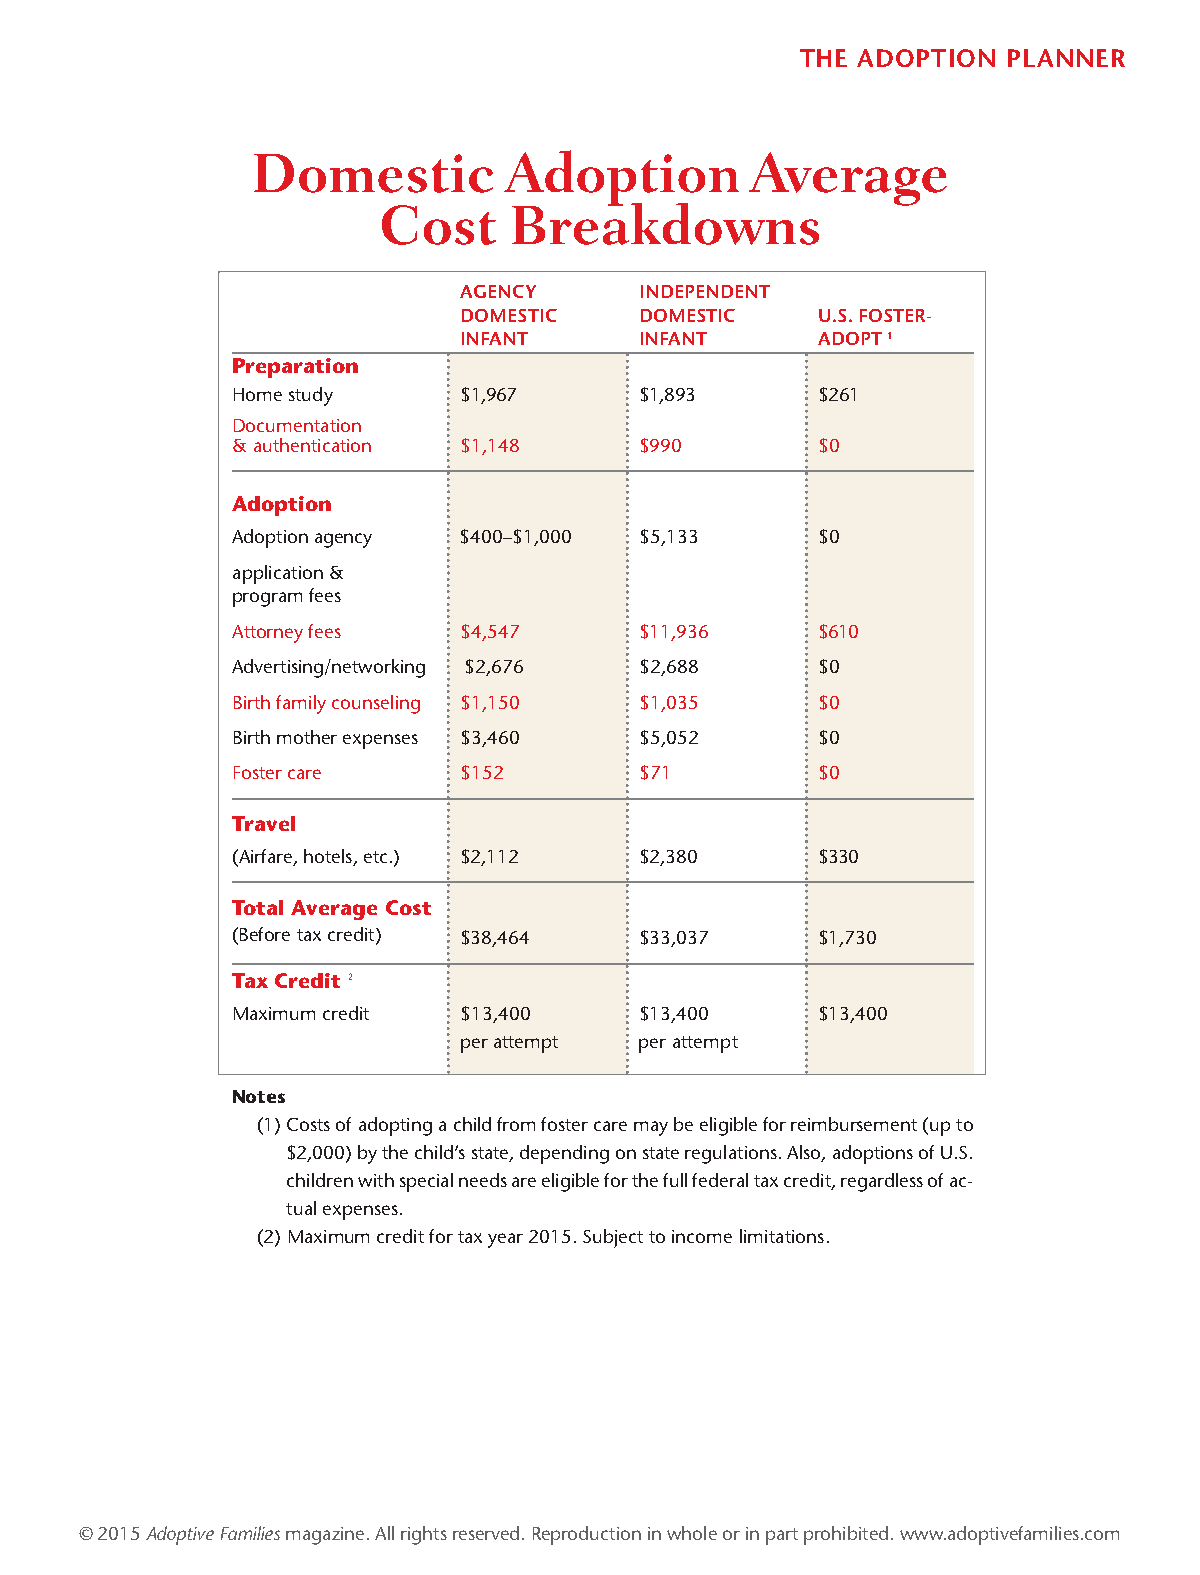
THE ADOPTION  PLANNER
 Domestic        Adoption         Average
 Cost     Breakdowns
 AGENCY      INDEPENDENT
 DOMESTIC    DOMESTIC    U.S. FOSTER-
 INFANT      INFANT      ADOPT 1
 Preparation
 Home study     $1,967      $1,893      $261
 Documentation
 & authentication $1,148    $990        $0
 Adoption
 Adoption agency $400–$1,000 $5,133     $0
 application &
 program fees
 Attorney fees  $4,547      $11,936     $610
 Advertising/networking $2,676 $2,688   $0
 Birth family counseling $1,150 $1,035  $0
 Birth mother expenses $3,460 $5,052    $0
 Foster care    $152        $71         $0
 Travel
 (Airfare, hotels, etc.) $2,112 $2,380  $330
 Total Average Cost
 (Before tax credit) $38,464 $33,037    $1,730
 Tax Credit 2
 Maximum credit $13,400     $13,400     $13,400
 per attempt per attempt
 Notes
 (1) Costs of adopting a child from foster care may be eligible for reimbursement (up to
 $2,000) by the child’s state, depending on state regulations. Also, adoptions of U.S.
 children with special needs are eligible for the full federal tax credit, regardless of ac-
 tual expenses.
 (2) Maximum credit for tax year 2015. Subject to income limitations.
 © 2015 Adoptive Familiesmagazine. All rights reserved. Reproduction in whole or in part prohibited. www.adoptivefamilies.com